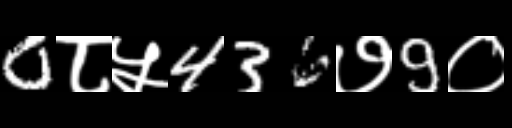
Text: 0८५436७9०